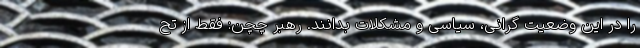
را در این وضعیت گرانی، سیاسی و مشکلات بدانند. رهبر چچن: فقط از تح